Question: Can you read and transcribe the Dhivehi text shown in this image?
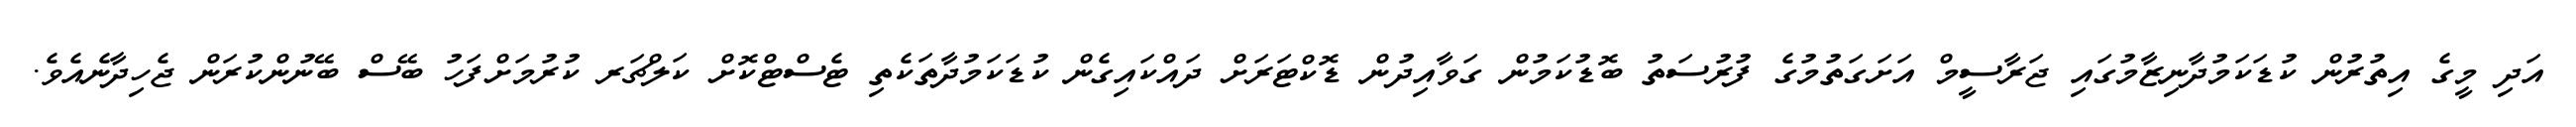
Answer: އަދި މީގެ އިތުރުން ކުޑަކަމުދާނިޒާމުގައި ޖަރާސީމް އަށަގަތުމުގެ ފުރުސަތު ބޮޑުކަމުން ގަވާއިދުން ޑޮކްޓަރަށް ދައްކައިގެން ކުޑަކަމުދާތަކެތި ޓެސްޓްކޮށް ކަލްޗަރ ކުރުމަށްފަހު ބޭސް ބޭނުންކުރަން ޖެހިދާނެއެވެ.